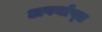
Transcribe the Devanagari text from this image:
अपर्याप्‍त